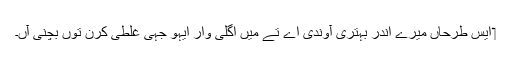
‏ ایس طرحاں میرے اندر بہتری آؤندی اے تے مَیں اگلی وار ایہو جہی غلطی کرن توں بچنی آں۔